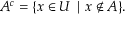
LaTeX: A ^ { c } = \{ x \in U \mid x \notin A \} .